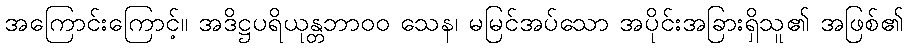
အကြောင်းကြောင့်။ အဒိဋ္ဌပရိယုန္တဘာ၀၀ သေန၊ မမြင်အပ်သော အပိုင်းအခြားရှိသူ၏ အဖြစ်၏